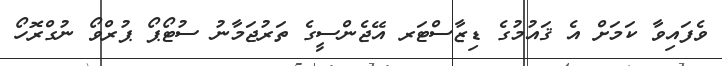
ވެފައިވާ ކަމަށް އެ ޤައުމުގެ ޑިޒާސްޓަރ އޭޖެންސީގެ ތަރުޖަމާނު ސުޓޯޕޯ ޕުރްވޯ ނުގްރޮހޯ